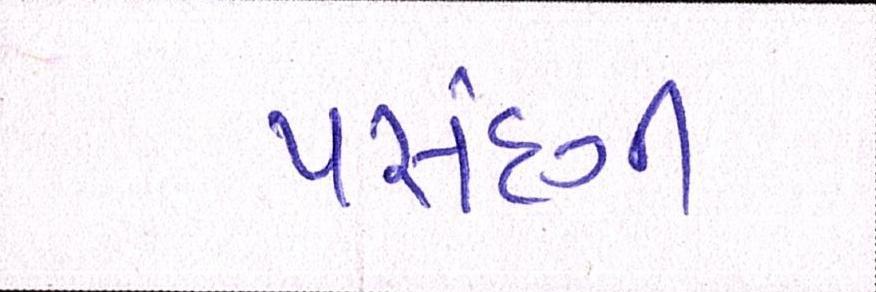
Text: પસંદગી